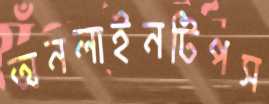
অনলাইনটিপস